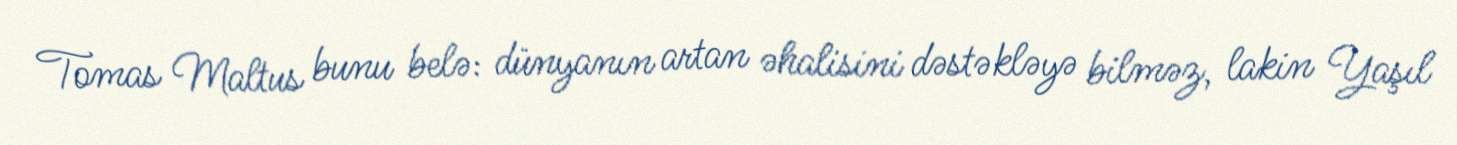
Tomas Maltus bunu belə: dünyanın artan əhalisini dəstəkləyə bilməz, lakin Yaşıl